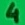
Text: 4